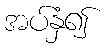
အပ်နှံ၍